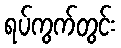
ရပ်ကွက်တွင်း